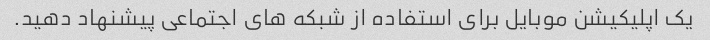
یک اپلیکیشن موبایل برای استفاده از شبکه های اجتماعی پیشنهاد دهید.